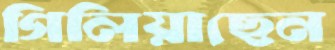
গিলিয়াছেন